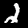
Digit: 2